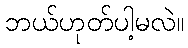
ဘယ်ဟုတ်ပါ့မလဲ။